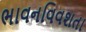
ભાવનવિવશતા